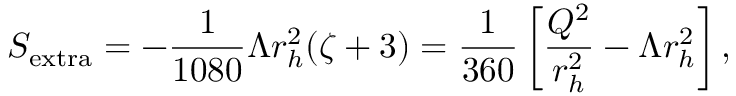
S _ { \mathrm { { e x t r a } } } = - \frac { 1 } { 1 0 8 0 } \Lambda r _ { h } ^ { 2 } ( \zeta + 3 ) = \frac { 1 } { 3 6 0 } \left[ \frac { Q ^ { 2 } } { r _ { h } ^ { 2 } } - \Lambda r _ { h } ^ { 2 } \right] ,